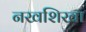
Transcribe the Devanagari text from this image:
नखशिखा